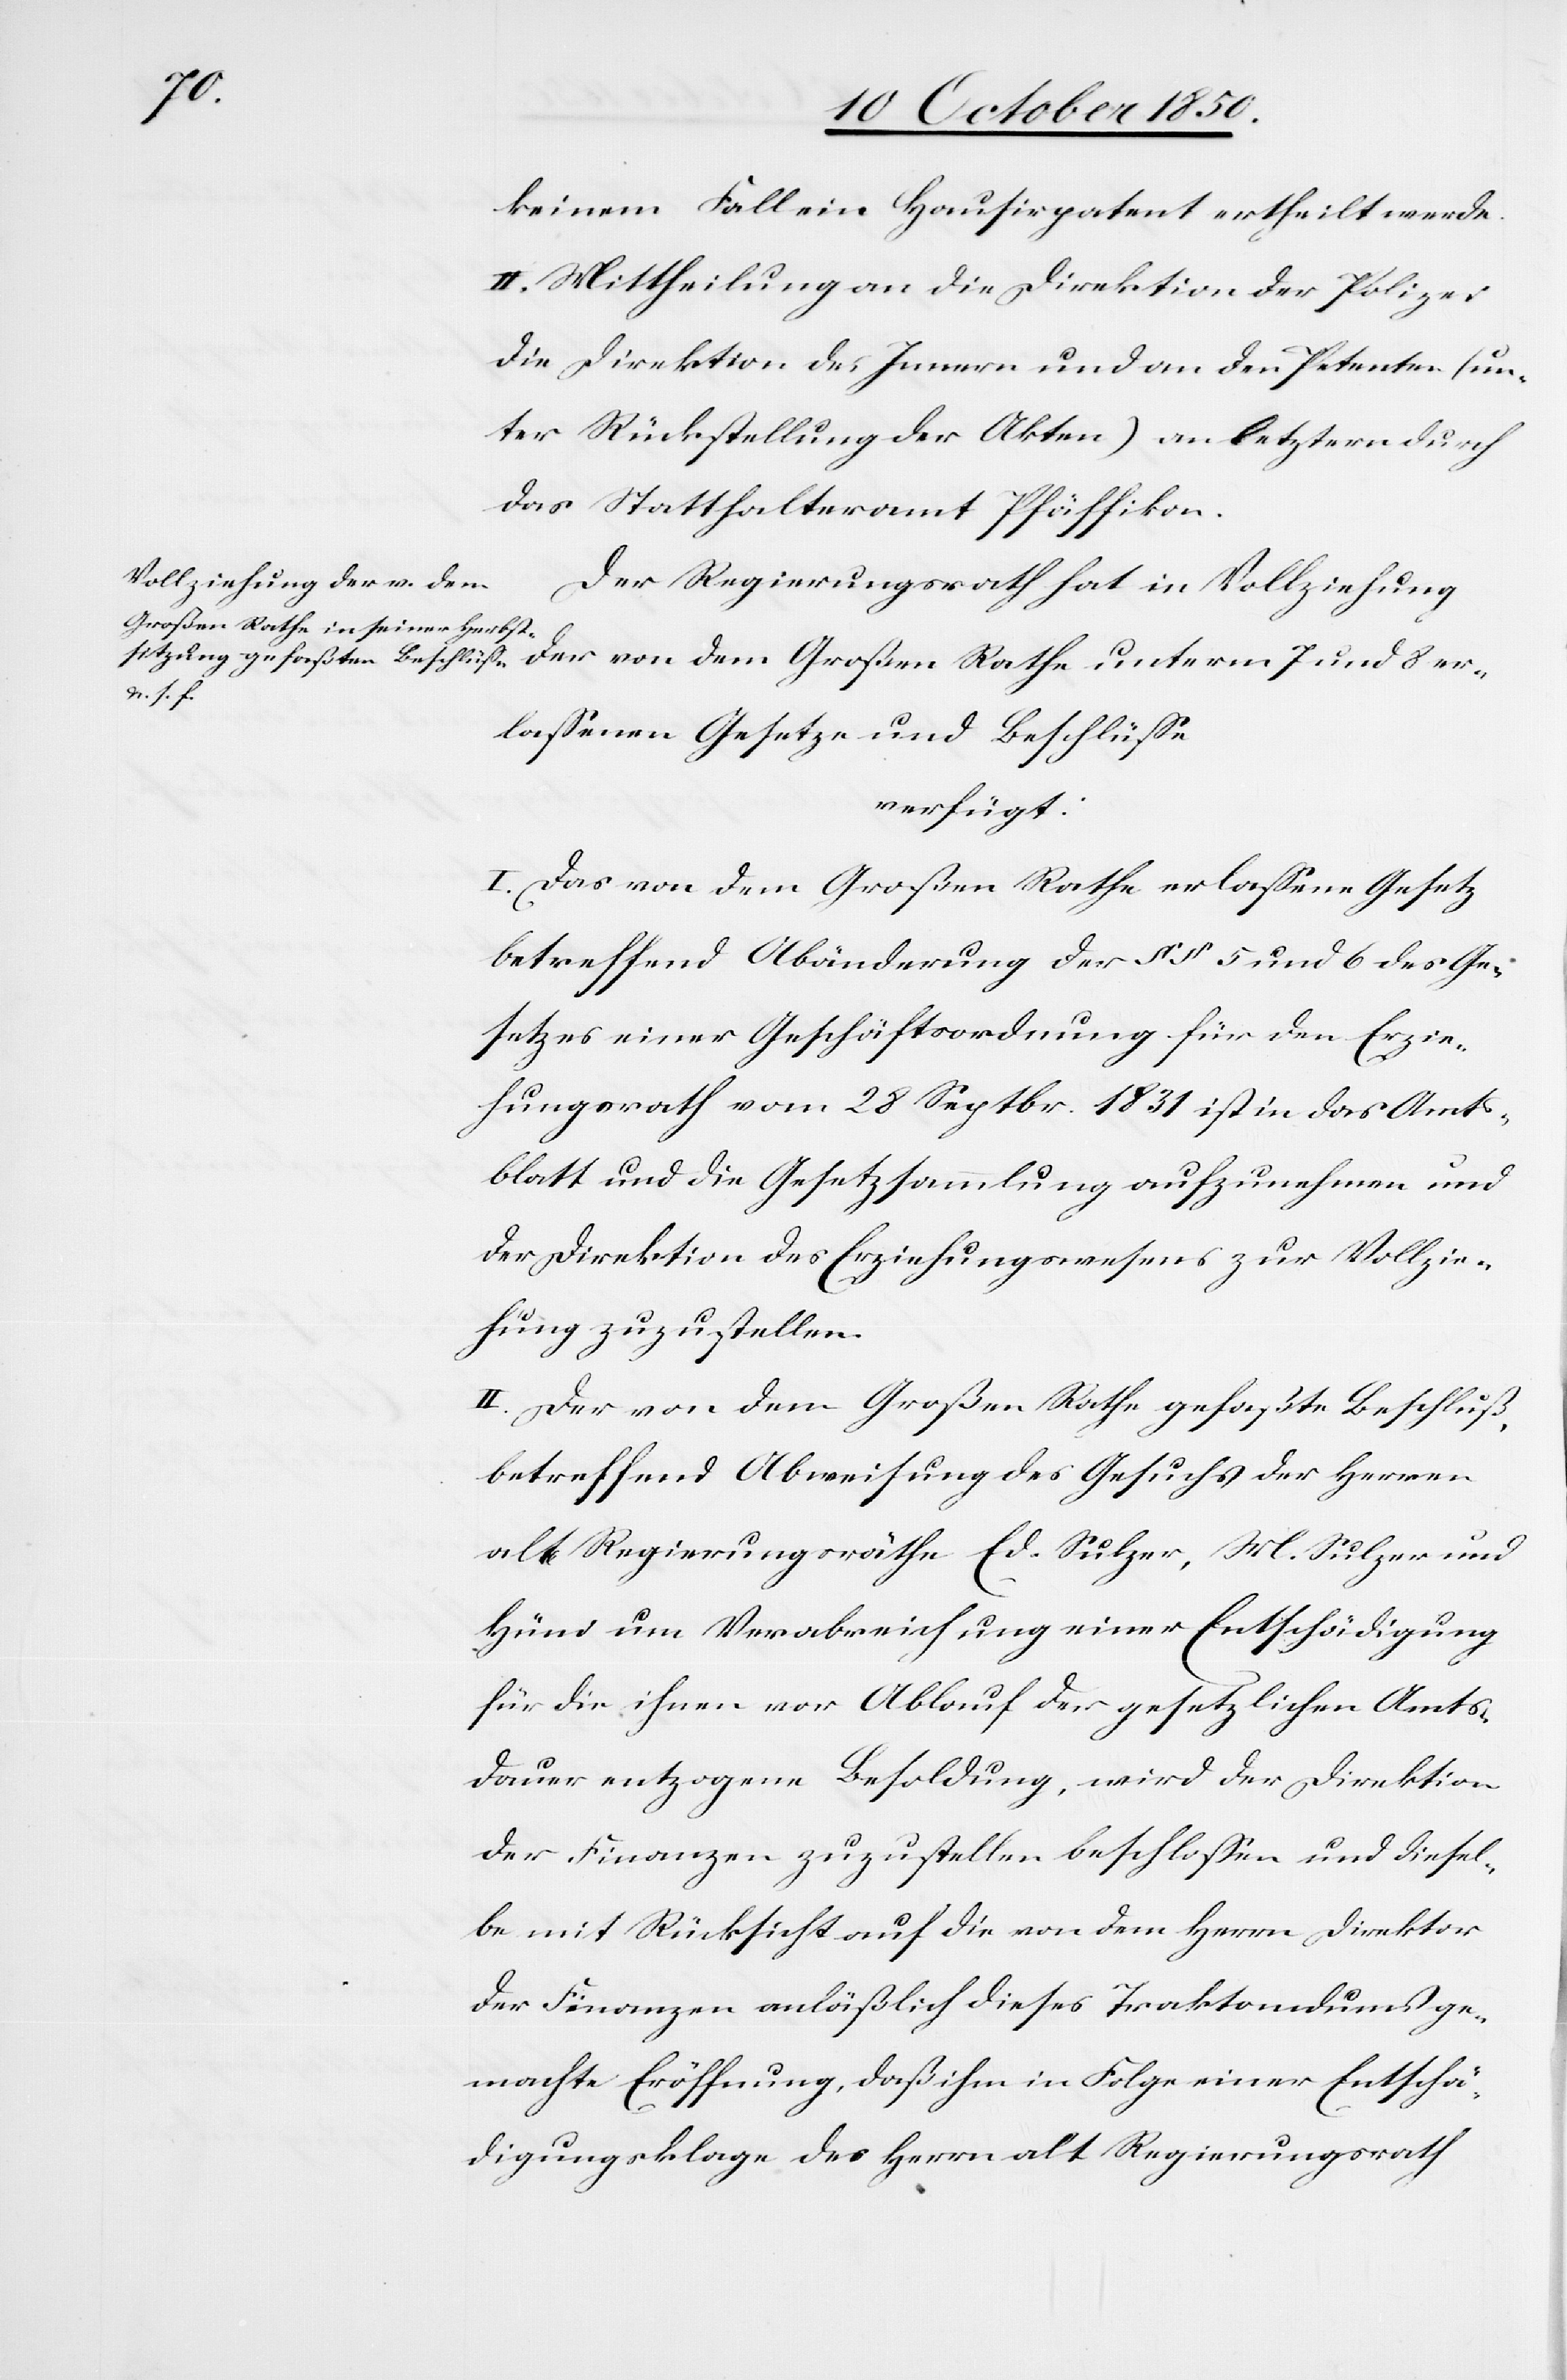
keinem Fall ein Hausirpatent ertheilt werde.
II. Mittheilung an die Direktion der Polize¬
die Direktion des Innern und an den Petenten (un¬
ter Rückstellung der Akten) an letztern durch
das Statthalteramt Pfäffikon.
Der Regierungsrath hat in Vollziehung
der von dem Großen Rathe unterm 7 und 8 er¬
i[,]
lassenen Gesetzen und Beschlüsse
verfügt:
I. Das von dem Großen Rathe erlassene Gesetz
betreffend Abänderung der § § 5 und 6 des Ge¬
setzes einer Geschäftsordnung für den Erzie¬
hungsrath vom 28 Septbr. 1831 ist in das Amts¬
blatt und die Gesetzsammlung aufzunehmen und
der Direktion des Erziehungswesens zur Vollzie¬
hung zuzustellen.
II. Der von dem Großen Rathe gefaßte Beschluß,
betreffend Abweisung des Gesuchs der Herren
alt Regierungsräthe Ed. Sulzer, M. Sulzer und
Hüni um Verabreichung einer Entschädigung
für die ihnen vor Ablauf der gesetzlichen Amts¬
dauer entzogene Besoldung, wird der Direktion
der Finanzen zuzustellen beschlossen und diesel¬
be mit Rücksicht auf die von dem Herrn Direktor
der Finanzen anläßlich dieses Traktandums ge¬
machte Eröffnung, daß ihm in Folge einer Entschä¬
digungsklage des Herrn alt Regierungsrath